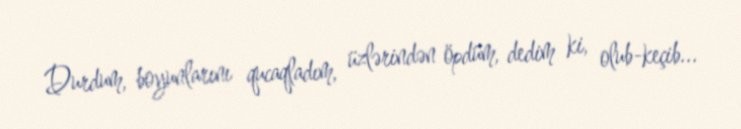
Durdum, boyunlarını qucaqladım, üzlərindən öpdüm, dedim ki, olub-keçib...